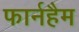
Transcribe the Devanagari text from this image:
फार्नहैम